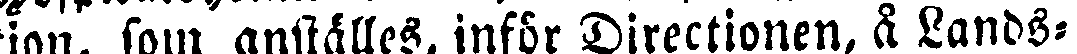
tion, som anställes, inför Directionen, å Lands-